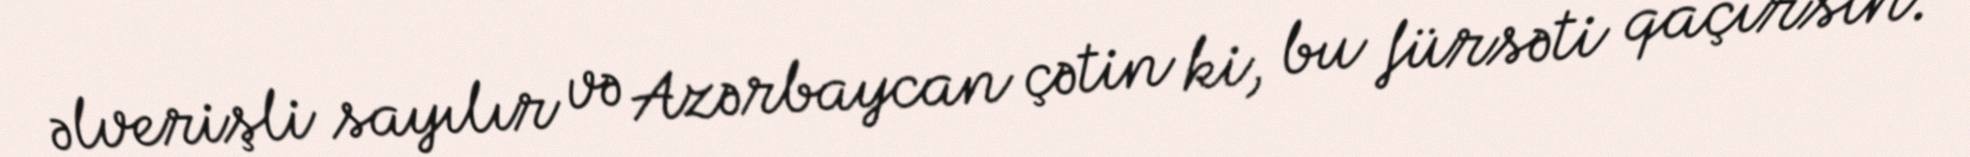
əlverişli sayılır və Azərbaycan çətin ki, bu fürsəti qaçırsın.